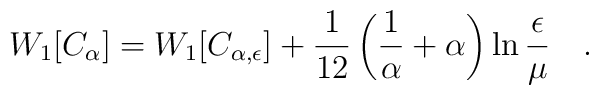
W_1[C_{ \alpha}]=W_1[C_{\alpha,\epsilon}]+{1 \over 12 }\left({1 \over\alpha}+\alpha\right)\ln{\epsilon \over \mu}~~~.